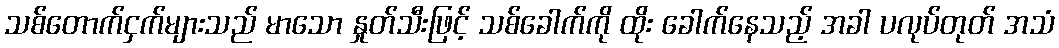
သစ်တောက်ငှက်များသည် မာသော နှုတ်သီးဖြင့် သစ်ခေါက်ကို ထိုး ခေါက်နေသည့် အခါ ပလုပ်တုတ် အသံ